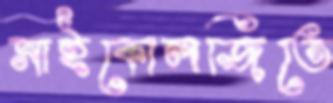
সাইকোলজিতে